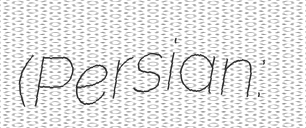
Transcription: (Persian: بخش